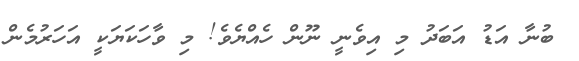
ބުނާ އަޑު އަބަދު މި އިވެނީ ނޫން ހެއްޔެވެ! މި ވާހަކަޔަކީ އަހަރުމެން